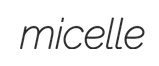
micelle